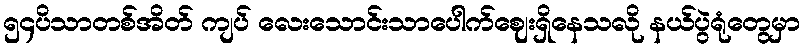
၅၄ပိသာတစ်အိတ် ကျပ် လေးသောင်းသာပေါက်ဈေးရှိနေသလို နယ်ပွဲရုံတွေမှာ